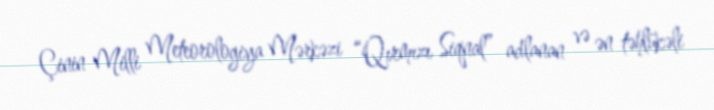
Çinin Milli Meteorologiya Mərkəzi “Qırmızı Siqnal” adlanan və ən təhlükəli